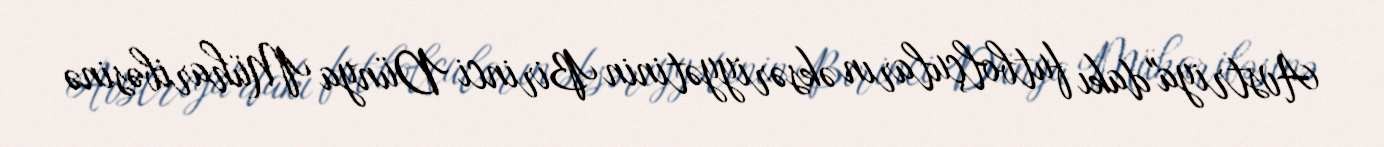
Avstriya"dakı futbolçuların əksəriyyətinin Birinci Dünya Müharibəsinə